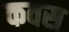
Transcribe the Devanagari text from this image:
कवस